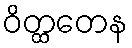
ဝိတ္ထတေန